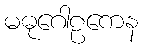
မဓုဂေါဠကေန